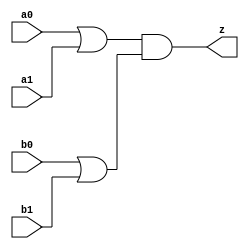
//#############################################################################
//# Function: Or-And (oa22) Gate                                              #
//# Copyright: Lambda Project Authors. All rights Reserved.                   #
//# License:  MIT (see LICENSE file in Lambda repository)                     #
//#############################################################################

module la_oa22 #(
    parameter PROP = "DEFAULT"
) (
    input  a0,
    input  a1,
    input  b0,
    input  b1,
    output z
);

    assign z = (a0 | a1) & (b0 | b1);

endmodule